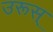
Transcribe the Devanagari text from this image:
उरूस्